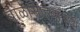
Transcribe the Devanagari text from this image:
बाळासाहेबांमध्ये